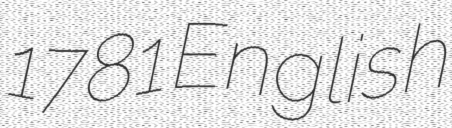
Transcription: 1781 English